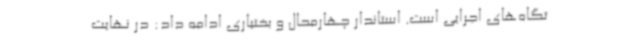
تگاه‌های اجرایی است. استاندار چهارمحال و بختیاری ادامه داد: در نهایت